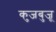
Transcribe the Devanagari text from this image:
कुजबुजू